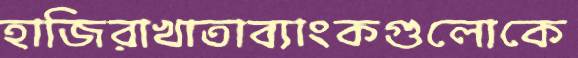
হাজিরাখাতাব্যাংকগুলোকে